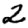
Digit: 2